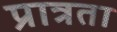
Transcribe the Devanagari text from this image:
प्रात्रता